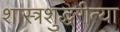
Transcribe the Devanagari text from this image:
शास्त्रशुद्धरीत्या